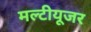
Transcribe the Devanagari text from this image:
मल्टीयूजर